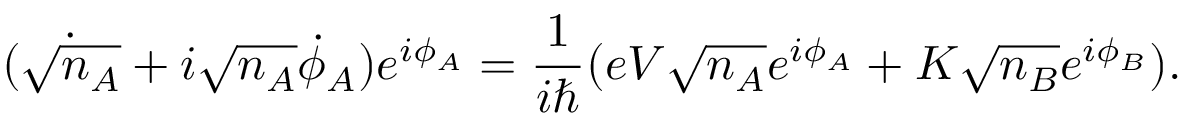
( { \dot { \sqrt { n _ { A } } } } + i { \sqrt { n _ { A } } } { \dot { \phi } } _ { A } ) e ^ { i \phi _ { A } } = { \frac { 1 } { i \hbar } } ( e V { \sqrt { n _ { A } } } e ^ { i \phi _ { A } } + K { \sqrt { n _ { B } } } e ^ { i \phi _ { B } } ) .